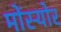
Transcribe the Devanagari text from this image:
मोंस्योर